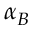
\alpha _ { B }